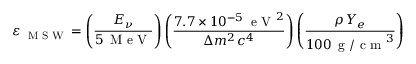
\varepsilon _ { \mathrm { ~ \tiny ~ M ~ S ~ W ~ } } = \left( \frac { E _ { \nu } } { 5 \, \mathrm { ~ M ~ e ~ V ~ } } \right) \left( \frac { 7 . 7 \times 1 0 ^ { - 5 } \, { \mathrm { ~ e ~ V ~ } ^ { 2 } } } { \Delta m ^ { 2 } \, c ^ { 4 } } \right) \left( \frac { \rho \, Y _ { e } } { 1 0 0 \, \mathrm { ~ g ~ / ~ c ~ m ~ } ^ { 3 } } \right)